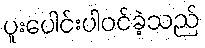
ပူးပေါင်းပါဝင်ခဲ့သည်